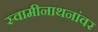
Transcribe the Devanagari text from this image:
स्वामीनाथनांवर